Malaria in the Andamans - Number 56
Disease focus: Malaria
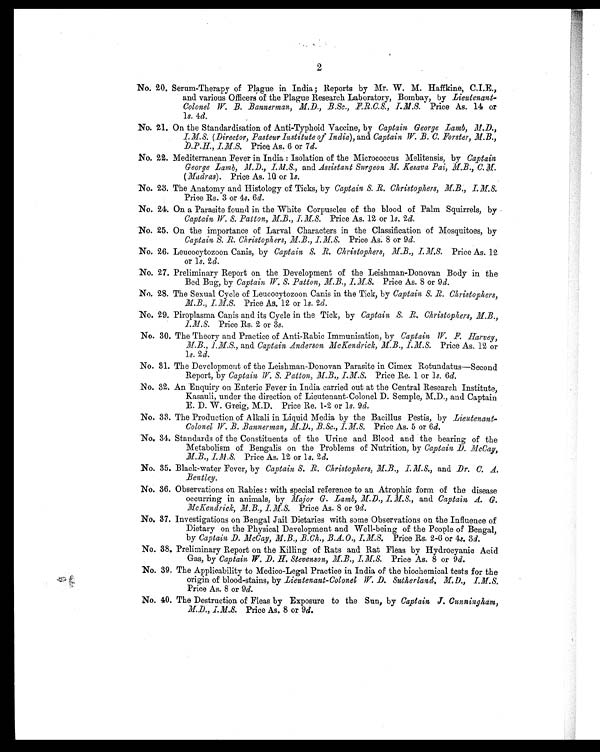
2
No. 20. Serum-Therapy of Plague in India ; Reports by Mr. W. M. Haffkine, C.I.E.,
and various Officers of the Plague Research Laboratory, Bombay, by Lieutenant-
Colonel W B. Bannerman, M.D., B.Sc., F.R.C.S., I.M.S. Price As. 14 or
1 s. 4d.
No. 21. On the Standardisation of Anti-Typhoid Vaccine, by Captain George Lamb, M.D.,
I.M.S. (Director, Pasteur Institute of India ), and Captain W. B. C. Forster, M.B.,
D.P.H., I.M.S. Price As. 6 or 7 d.
No. 22. Mediterranean Fever in India : Isolation of the Micrococcus Melitensis, by Captain
George Lamb, M.D., I.M.S., and Assistant Surgeon M. Kesava Pai, M.B., C.M.
( Madras) . Price As. 10 or 1 s.
No. 23. The Anatomy and Histology of Ticks, by Captain S. R. Christophers, M.B., I. M.S.
Price Rs. 3 or 4s. 6 d.
No. 24. On a Parasite found in the White Corpuscles of the blood of Palm Squirrels, by
Captain W. S. Patton, M.B., I.M.S. Price As. 12 or l s. 2 d.
No. 25. On the importance of Larval Characters in the Classification of Mosquitoes, by
Captain S.R. Christophers, M.B., I.M.S.
Price As. 8 or 9 d.
No. 26. Leucocytozoon Canis, by Captain S. R. Christophers, M.B., I.M.S. Price As. 12
or 1s. 2 d.
No. 27. Preliminary Report on the Development of the Leishman-Donovan Body in the
Bed Bug, by Captain W. S. Patton, M.B., I.M.S. Price As. 8 or 9 d.
No. 28. The Sexual Cycle of Leucocytozoon Canis in the Tick, by Captain S. R. Christophers,
M.B., I.M.S. Price As. 12 or l s. 2 d.
No. 29. Piroplasma Canis and its Cycle in the Tick, by Captain S. R. Christophers,
M.B., I.M.S. Price Rs. 2 or 3s.
No. 30. The Theory and Practice of Anti-Rabic Immunisation, by Captain W. F. Harvey,
M.B., I.M.S., and Captain, Anderson McKendrick, M.B., I.M.S. Price As. 12 or
1 s .
2 d .
No. 31. The Development of the Leishman-Donovan Parasite in Cimex Rotundatus-Second
Report, by Captain, W. S. Patton, M.B., I.M.S.
Price Re. 1 or l s. 6 d.
No. 32. An Enquiry on Enteric Fever in India carried out at the Central Research Institute,
Kasauli, under the direction of Lieutenant-Colonel D. Semple, M.D., and Captain
E. D. W. Greig, M.D. Price Re. 1-2 or 1 s. 9 d.
No. 33. The Production of Alkali in Liquid Media by the Bacillus Pestis, by Lieutenant-
Colonel W. B. Bannerman, M.D., B.Sc., I.M.S. Price As. 5 or 6 d.
No. 34. Standards of the Constituents of the Urine and Blood and the bearing of the
Metabolism of Bengalis on the Problems of Nutrition, by Captain D. McCay,
M.B., I.M.S. Price As. 12 or l s. 2 d.
No. 35. Black-water Fever, by Captain S. R. Christophers, M.B., I.M.S., and Dr. C. A.
Bentley.
No. 36. Observations on Rabies : with special reference to an Atrophic form of the disease
occurring in animals, by Major G. Lamb, M.D., I.M.S.,a n d
C a p t a i n A . G .
McKendrick, M.B., I.M.S. Price As. 8 or 9 d.
No. 37. Investigations on Bengal Jail Dietaries with some Observations on the Influence of
Dietary on the Physical Development and Well-being of the People of Bengal,
by Captain D. McCay, M.B., B.Ch., B.A.O., I.M.S. Price Rs. 2-6 or 4s. 3 d.
No. 38. Preliminary Report on the Killing of Rats and Rat Fleas by Hydrocyanic Acid
Gas, by Captain W. D. H. Stevenson, M.B., I.M.S. Price As. 8 or 9 d.
No. 39. The Applicability to Medico-Legal Practice in India of the biochemical tests for the
origin of blood-stains, by Lieutenant-Colonel W. D. Sutherland, M.D., I.M.S.
Price As. 8 or 9 d.
No. 40. The Destruction of Fleas by Exposure to the Sun, by Captain. J. Cunningham,
M.D., I.M.S. Price As. 8 or 9 d.